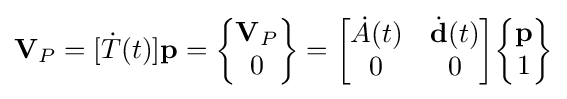
{\textbf {V}}_{P}=[{\dot {T}}(t)]{\textbf {p}}={\begin{Bmatrix}{\textbf {V}}_{P}\\0\end{Bmatrix}}={\begin{bmatrix}{\dot {A}}(t)&{\dot {\textbf {d}}}(t)\\0&0\end{bmatrix}}{\begin{Bmatrix}{\textbf {p}}\\1\end{Bmatrix}}